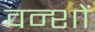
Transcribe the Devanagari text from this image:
वन्शों